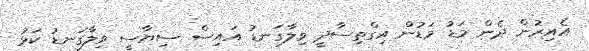
އެއިރުން ދެން މަޑު މަޑުން އިގްތިސާދީ ވިލާގަނޑު އައިސް ސިޔާސީ ވިލާގަނޑު ކަޅު